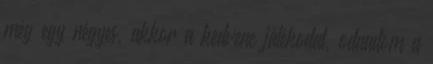
még egy négyes, akkor a kedvenc játékodat, odaadom a